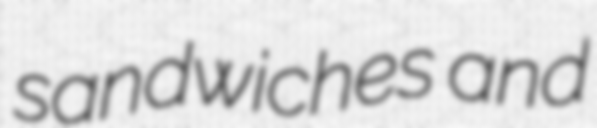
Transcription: sandwiches and